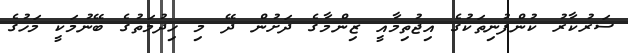
ސަރުކާރު ކުންފުނިތަކުގެ އިޖުތިމާއީ ޒިންމާގެ ދަށުން ދޭ މި ހިދުމަތުގެ ބޭނުމަކީ މަހުގެ